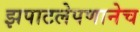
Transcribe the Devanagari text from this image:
झपाटलेपणानेच